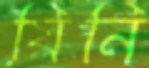
যিনি